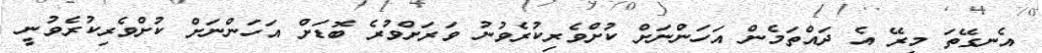
އެނގޭތަ މިރޭ އެ ދައްތަމެން އަހަންނަށް ކުށްވެރިކުރެވުނު ވަރަށްވުރެ ބޮޑަށް އަހަންނަށް ކުށްވެރިކުރެވުނީ